system: You are a helpful assistant.
user:
Analyze the provided spectrum to determine if it is a **M-type Giant (gM)**.

A M-type Giant spectrum is defined by its **strong molecular absorption** features, particularly from **Titanium Oxide (TiO)**. You must check for one of the following mutually exclusive signatures:

- **Key Visual Indicators (Absorption-Dominated Spectrum):**

    - **(Primary):** The spectrum is dominated by strong molecular absorption from **Titanium Oxide (TiO)**. This is the **defining feature** of its M-type temperature class.
        - **(Key Bandheads):** Look for sharp, "saw-tooth" absorption valleys. The strongest are located near **~7050 Å**, **~6160 Å**, and **~5170 Å**.
        - **(Line Profile):** The "saw-tooth" morphology is critical: a **sharp, steep drop on the BLUE (short-wavelength) side** of the bandhead, followed by a gradual recovery (rising flux) towards the RED (long-wavelength) side.

    - **(Key Confirmation - Giant vs. Dwarf):** **ABSENCE** of strong **Calcium Hydride (CaH)** molecular bands. This is the primary diagnostic for *excluding* M-dwarfs.
        - **(Key Region):** The spectrum should lack the strong, broad absorption band seen in dwarfs between **~6800 Å and ~7000 Å**.

    - **(Secondary Confirmation - Giant):** A very strong and broad **Neutral Calcium (Ca I)** atomic absorption line.
        - **(Key Line):** Located at **~4226 Å**. In a giant (gM), this line is significantly deeper and broader than the same line in an M-dwarf (dM) due to low surface gravity.

    - **(Overall Spectrum):**
        - The continuum is **extremely red-sloping** (i.e., flux is very low in the blue and rises dramatically towards the red).
        - The entire spectrum appears "chopped up" by the deep TiO bands.

Think first, call **spectral_visualization_tool** if needed to examine features in detail, then provide your final answer. Your response must adhere to the following strict rules:
1.  **Overall Structure:** Your response must follow the format `<think>...</think> <tool_call>...</tool_call> (if a tool is used) <answer>...</answer>`.
2.  **Tool Usage Constraint:** You may only make **one** tool call per turn.
3.  **Final Answer Format:** In the `<answer>` tag, your conclusion must be inside a `\boxed{}` command (e.g., `\boxed{YES}` or `\boxed{NO}`), followed by your justification.

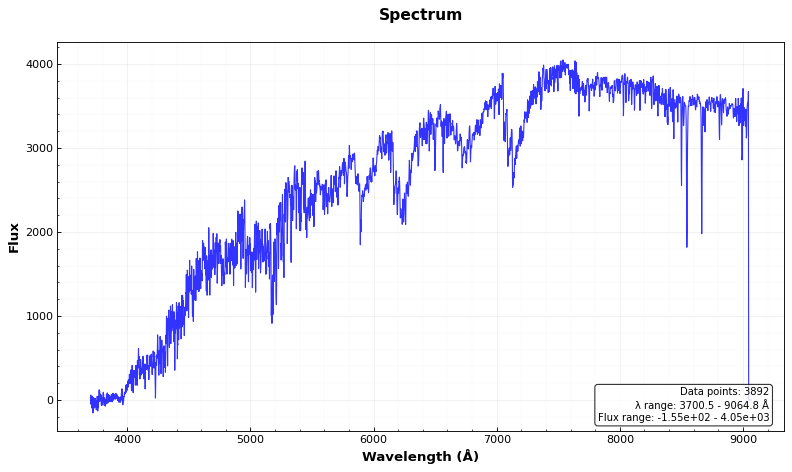
Answer: YES